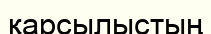
қарсылыстың